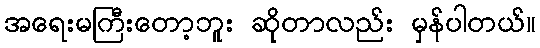
အရေးမကြီးတော့ဘူး ဆိုတာလည်း မှန်ပါတယ်။